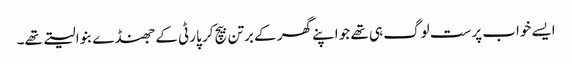
ایسے خواب پرست لوگ ہی تھے جو اپنے گھر کے برتن بیچ کر پارٹی کے جھنڈے بنوا لیتے تھے۔